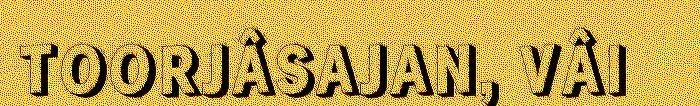
TOORJÂSAJAN, VÂI